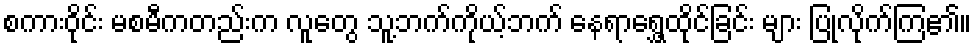
စကားဝိုင်း မစမီကတည်းက လူတွေ သူ့ဘက်ကိုယ့်ဘက် နေရာရွှေ့ထိုင်ခြင်း များ ပြုလိုက်ကြ၏။